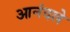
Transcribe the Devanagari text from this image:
आनंदले